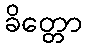
ခိတ္တော